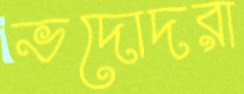
ভদোদরা